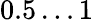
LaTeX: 0.5\dots 1